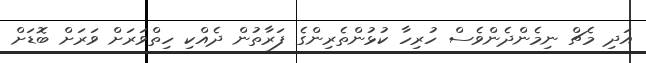
އަދި މެޗް ނިމެންދެންވެސް ހުރިހާ ކުޅުންތެރިންގެ ފަރާތުން ދެއްކި ހިތްވަރަށް ވަރަށް ބޮޑަށް